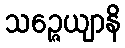
သဉ္ဇေယျာနိ